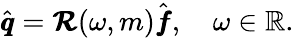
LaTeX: \begin{array}{r}{\hat{\pmb q}=\pmb{\mathcal{R}}(\omega,m)\hat{\pmb f},\quad\omega\in\mathbb{R}.}\end{array}